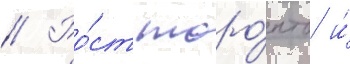
// Ро́ст торо́нто и́